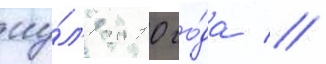
иу́л'я 2010 го́да //